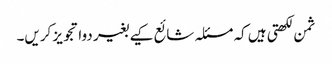
ثمن لکھتی ہیں کہ مسئلہ شائع کیے بغیر دوا تجویز کریں۔